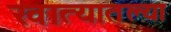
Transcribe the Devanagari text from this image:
खात्यातल्या